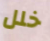
خلل